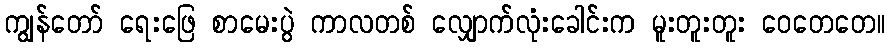
ကျွန်တော် ရေးဖြေ စာမေးပွဲ ကာလတစ် လျှောက်လုံးခေါင်းက မူးတူးတူး ဝေတေတေ။